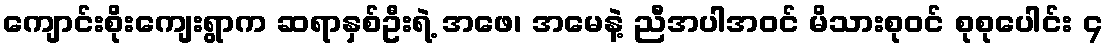
ကျောင်းစိုးကျေးရွာက ဆရာနှစ်ဦးရဲ့ အဖေ၊ အမေနဲ့ ညီအပါအဝင် မိသားစုဝင် စုစုပေါင်း ၄